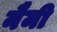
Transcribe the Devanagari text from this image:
नैमी